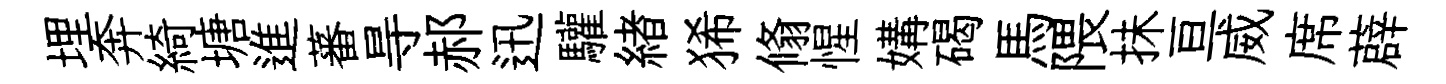
埋奔綺塘進蕃㝵郝迅驩緖狶翛惺媾碣馬隈抺亘威席薜